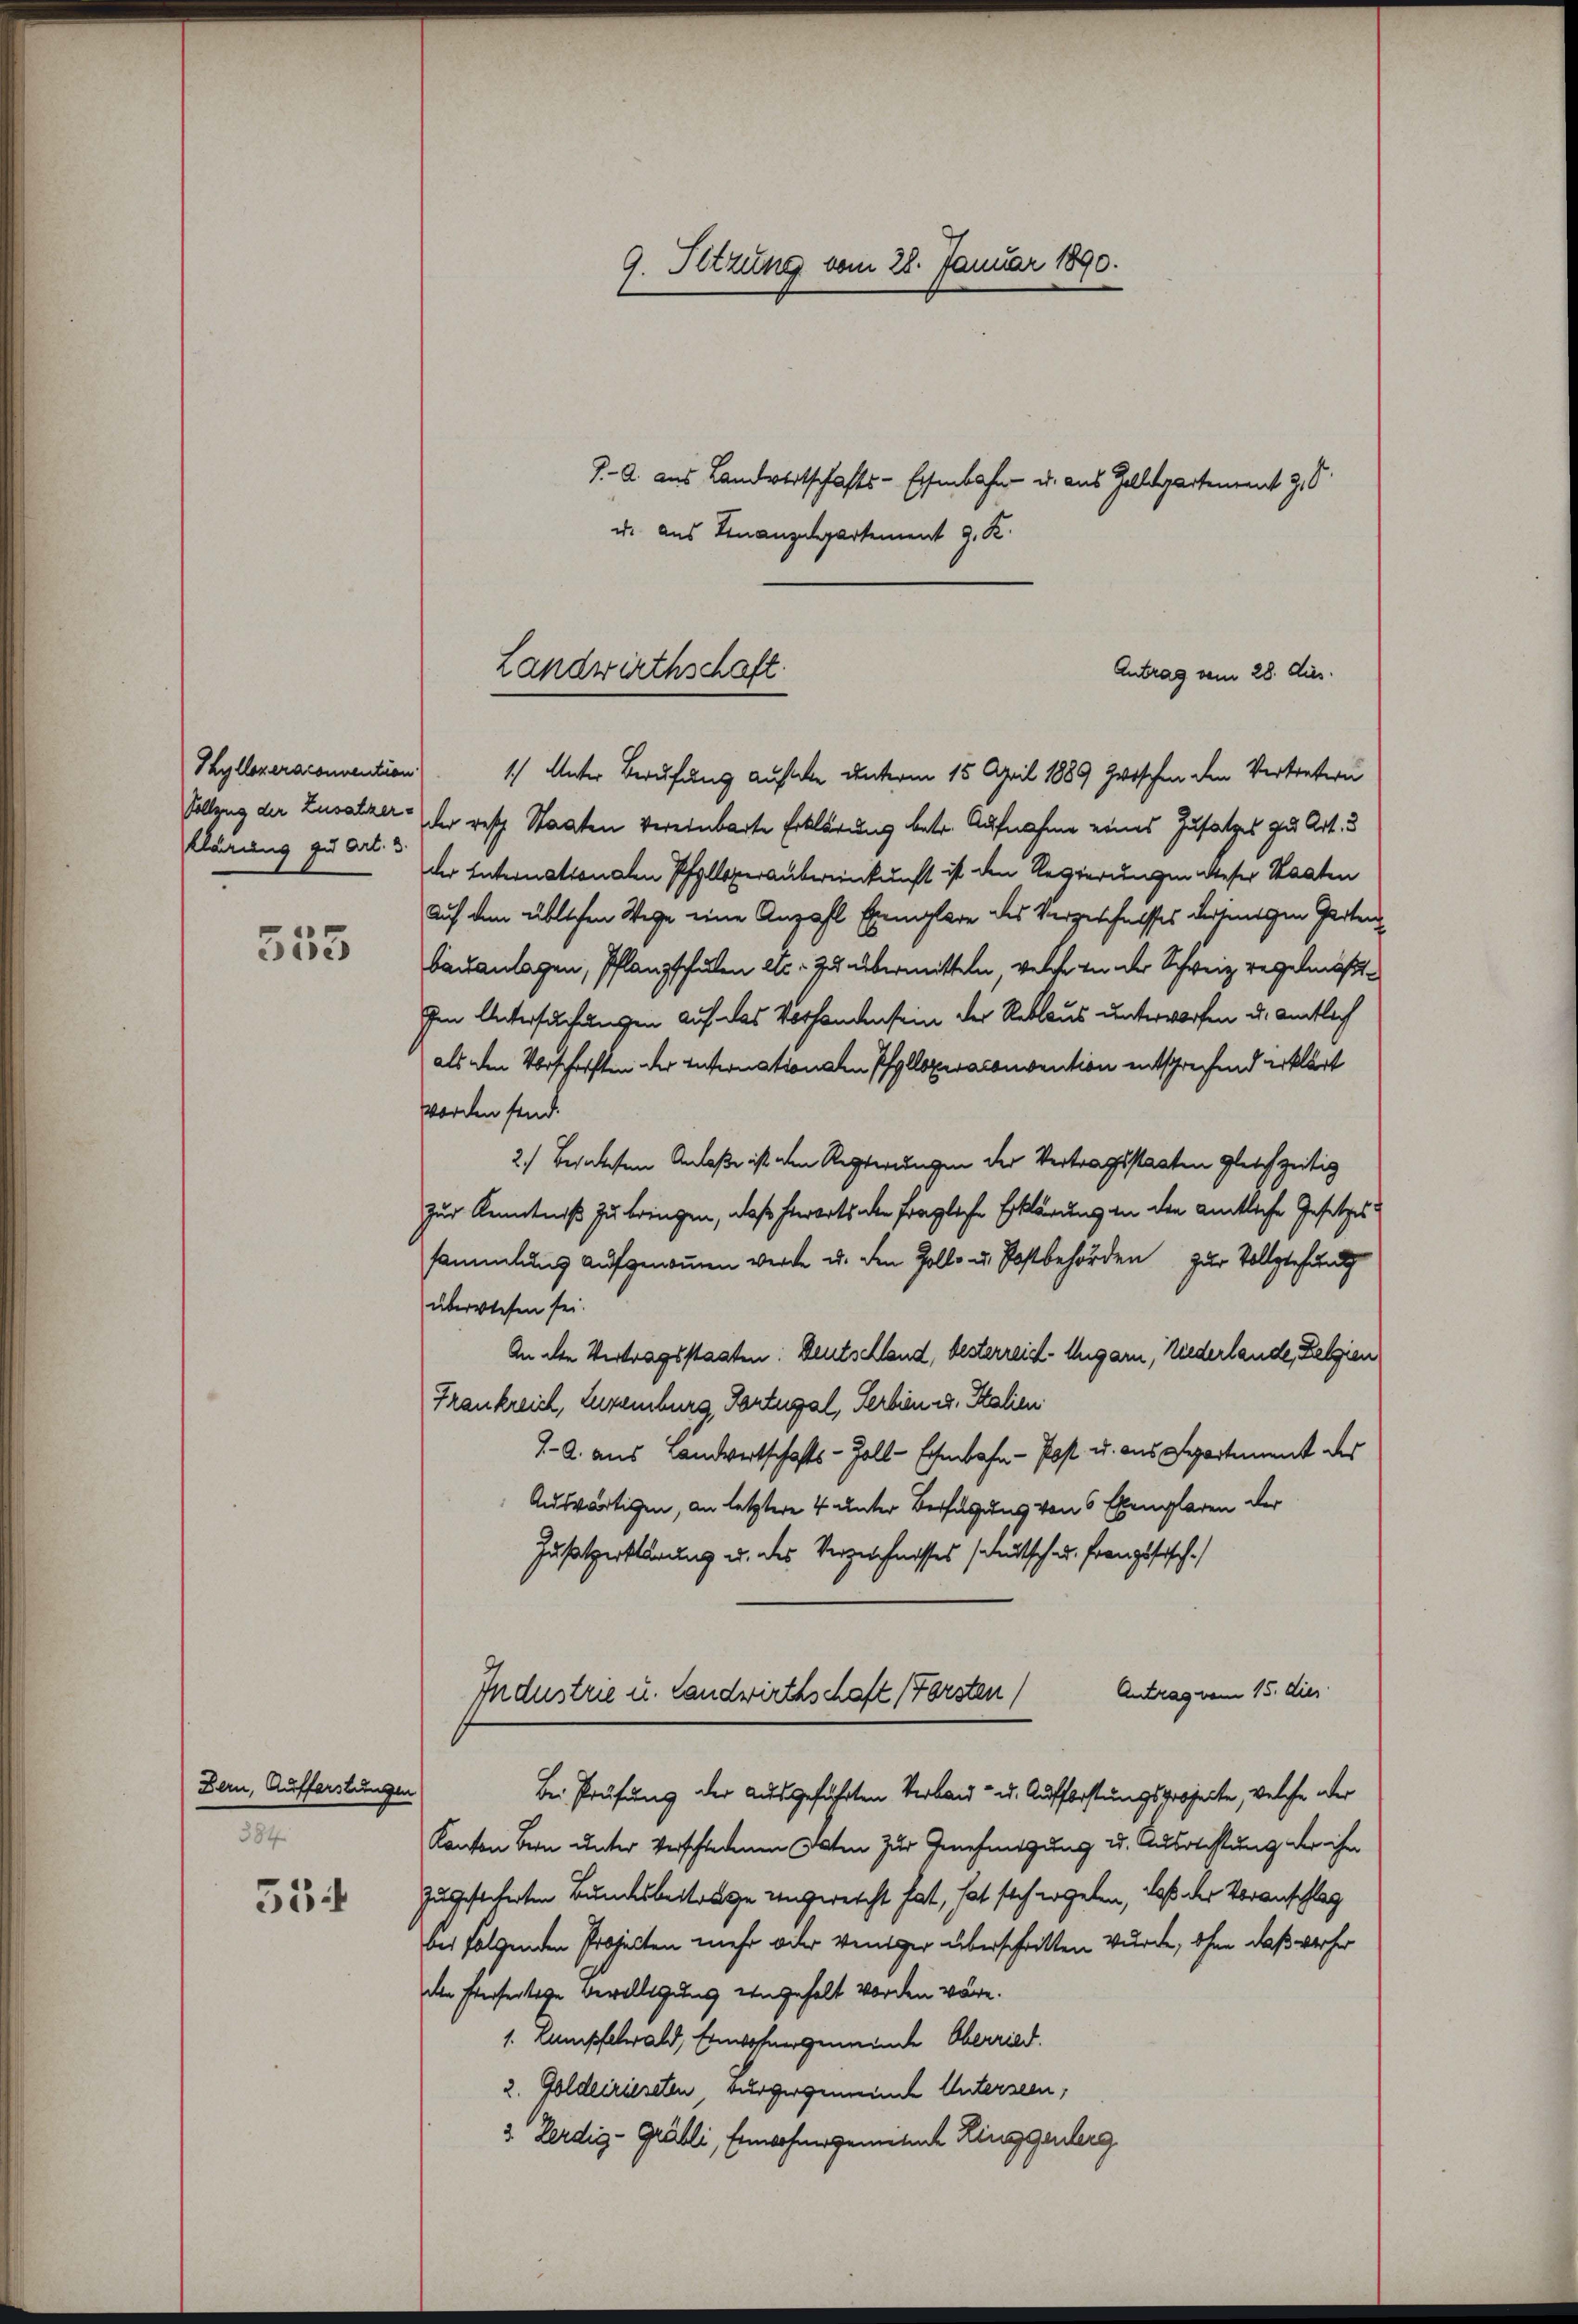
Phyllezeraconuention
klärung zu Art. 3.

353

Bern, Aufferstungen
384

534

9. Setzung vom 28. Januar 1890.

7.- 2. aus Landwirtschafts-Eisenbahn- u. aus Zolldepartenamt z. B.
u. aus Finanzdepartement J. K.
1) Unter Berufung aufele unterm 15. April 1889 zwischen den Vertretern
Vollzug der Zusatzer der resp. Staaten vereinbarte Erklärung betr. Aufnahme eines Zusatzes zu Art. 3
der Internationalen Pfelloperaubereinkunft ist den Regierungen dieser Staaten
Auf dem üblichen Wege eine Anzahl Exemplare des Vergeschnisses dereinigen Garten
bauanlagen, Pflanzschulen etc. zu übermitteln, welche in der Schweiz regelmäß
Ien Untersuchungen auf das Vorhandensein der Reklaus unterworfen u. amtlich
als den Vorschärften der Internationalen Pfelloxiaconvention entsprechend erklärt
worden sind.
2.) Berechen Anlaße ist den Regierungen der Vertragsstaaten gleichzeitig
Zur Kenntniß zu bringen, daß hierorts der fragliche Erklärung in den amtliche Gesetzes
sammlung aufgenommen werde u. den Zollo u. Postbehörden zur Vollziehung
überwiesen sei.
An den Vertragsstaaten: Deutschland, besterreid. Ungarn, Niederlande, Belgien
Frankreich, Luxenburg, Fortugal, Serbien u. Stalien
1.- 2. aus Landertschafts-Zoll-Eisenbahn - Post u. aus Departement des
Auswärtigen, an letztere 4 unter Verfügung von 6 Exemplaren der
Zusatzerklärung u. des Verzeichnisses seleutsch u. französisch.
Antrag vom 15. dies
Industrie u. Landwirthschaft (Forsten)
Bei Prüfung der ausgeführten Verbau- u. Aufforstungsprojecte, welche über
Kanton Bern unter Verschiedenen Akten zur Genehmigung u. Ausrichtung der ihn
zugesicherten Bundesbeitrage ungereicht hat, hat sich ergeben, daß der Voranschlag
bei folgenden Projecten mehr oder weniger überschritten wurde, ohne daß verher
den Perfertige Bewilligung eingehalt worden wäre.
1. Lampfelwald, Einwohnergemeinde Oberried.
2. Golderriereten, Burgergemeinde Unterseen,
3. Ferdig-Gräbli, Einwohnergemessel Ringgenberg

Landwirthschaft.
Antrag vom 28. dies